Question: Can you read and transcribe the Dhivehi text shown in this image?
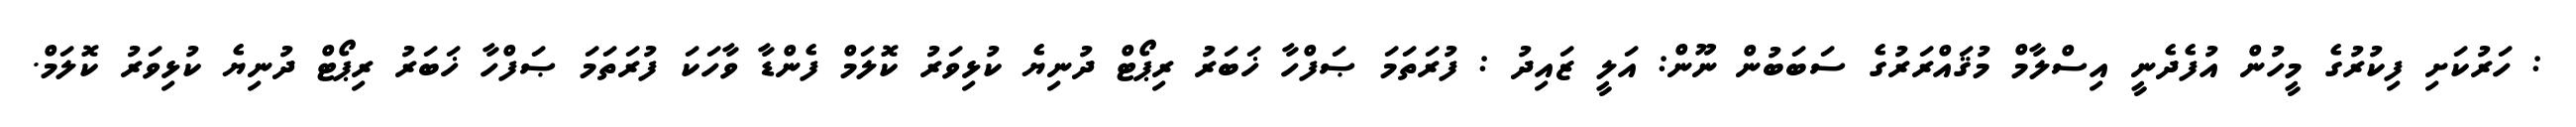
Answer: : ހަރުކަށި ފިކުރުގެ މީހުން އުފެދެނީ އިސްލާމް މުޤައްރަރުގެ ސަބަބުން ނޫން: އަލީ ޒައިދު : ފުރަތަމަ ޞަފްހާ ޚަބަރު ރިޕޯޓް ދުނިޔެ ކުޅިވަރު ކޮލަމް ފެންޑާ ވާހަކަ ފުރަތަމަ ޞަފްހާ ޚަބަރު ރިޕޯޓް ދުނިޔެ ކުޅިވަރު ކޮލަމް.